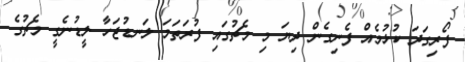
ފޯރިގަދަ ކުޅުމެއް ފެނިގެން ދިޔަ މި މެޗުގައި ފުރަތަމަ ލަނޑުޖަހާ ލީޑުނެގީ މެޗުގެ